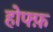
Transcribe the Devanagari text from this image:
होफ्फ़